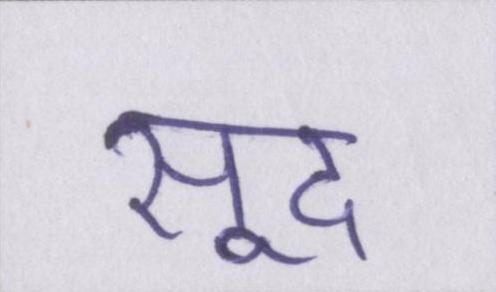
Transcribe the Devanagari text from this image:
सूद